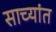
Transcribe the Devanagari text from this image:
साच्यांत